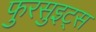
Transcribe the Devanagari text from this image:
फुरसुइट्स